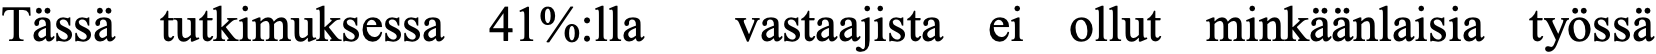
Tässä tutkimuksessa 41%:lla vastaajista ei ollut minkäänlaisia työssä